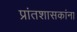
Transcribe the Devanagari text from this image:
प्रांतशासकांना